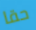
حقا